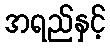
အရည်နှင့်